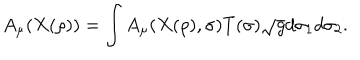
A _ { \mu } ( X ( \rho ) ) = \int A _ { \mu } ( X ( \rho ) , \sigma ) T ( \sigma ) \sqrt { g } d \sigma _ { 1 } d \sigma _ { 2 } .